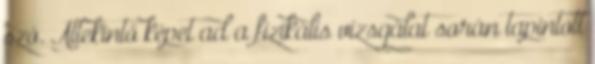
szó. Áttekintő képet ad a fizikális vizsgálat során tapintott